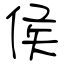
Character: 侯